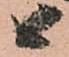
候